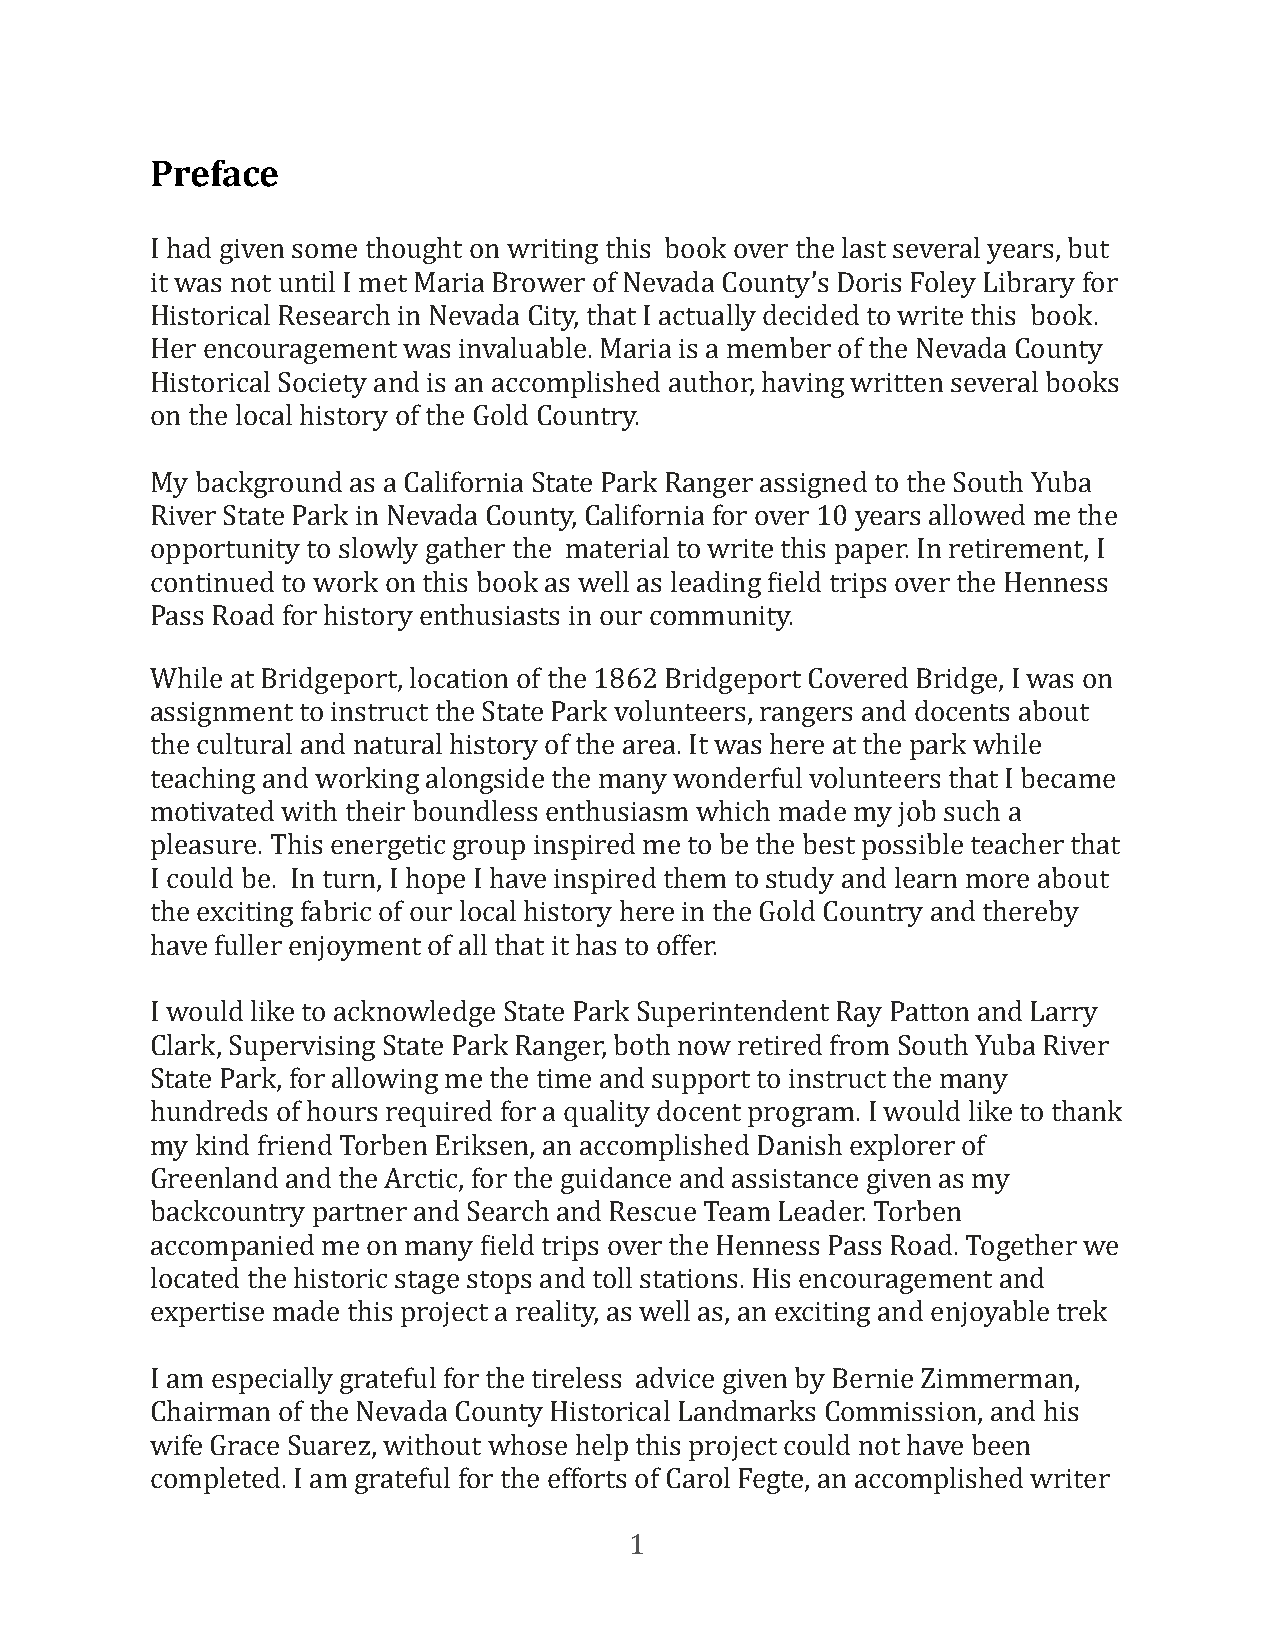
Preface
 I had given some thought on writing this book over the last several years, but
 it was not until I met Maria Brower of Nevada County’s Doris Foley Library for
 Historical Research in Nevada City, that I actually decided to write this book.
 Her encouragement was invaluable. Maria is a member of the Nevada County
 Historical Society and is an accomplished author, having written several books
 on the local history of the Gold Country.
 My background as a California State Park Ranger assigned to the South Yuba
 River State Park in Nevada County, California for over 10 years allowed me the
 opportunity to slowly gather the material to write this paper. In retirement, I
 continued to work on this book as well as leading Field trips over the Henness
 Pass Road for history enthusiasts in our community.
 While at Bridgeport, location of the 1862 Bridgeport Covered Bridge, I was on
 assignment to instruct the State Park volunteers, rangers and docents about
 the cultural and natural history of the area. It was here at the park while
 teaching and working alongside the many wonderful volunteers that I became
 motivated with their boundless enthusiasm which made my job such a
 pleasure. This energetic group inspired me to be the best possible teacher that
 I could be. In turn, I hope I have inspired them to study and learn more about
 the exciting fabric of our local history here in the Gold Country and thereby
 have fuller enjoyment of all that it has to offer.
 I would like to acknowledge State Park Superintendent Ray Patton and Larry
 Clark, Supervising State Park Ranger, both now retired from South Yuba River
 State Park, for allowing me the time and support to instruct the many
 hundreds of hours required for a quality docent program. I would like to thank
 my kind friend Torben Eriksen, an accomplished Danish explorer of
 Greenland and the Arctic, for the guidance and assistance given as my
 backcountry partner and Search and Rescue Team Leader. Torben
 accompanied me on many Field trips over the Henness Pass Road. Together we
 located the historic stage stops and toll stations. His encouragement and
 expertise made this project a reality, as well as, an exciting and enjoyable trek
 I am especially grateful for the tireless advice given by Bernie Zimmerman,
 Chairman of the Nevada County Historical Landmarks Commission, and his
 wife Grace Suarez, without whose help this project could not have been
 completed. I am grateful for the efforts of Carol Fegte, an accomplished writer
 1